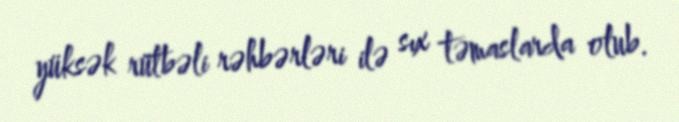
yüksək rütbəli rəhbərləri ilə sıx təmaslarda olub.